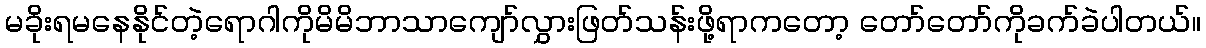
မခိုးရမနေနိုင်တဲ့ရောဂါကိုမိမိဘာသာကျော်လွှားဖြတ်သန်းဖို့ရာကတော့ တော်တော်ကိုခက်ခဲပါတယ်။